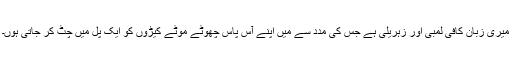
میری زبان کافی لمبی اور زہریلی ہے جس کی مدد سے میں اپنے آس پاس چھوٹے موٹے کیڑوں کو ایک پل میں چٹ کر جاتی ہوں۔